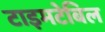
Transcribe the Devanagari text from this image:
टाइमटेबिल